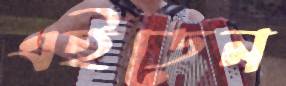
এইডেন